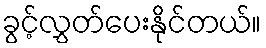
ခွင့်လွှတ်ပေးနိုင်တယ်။